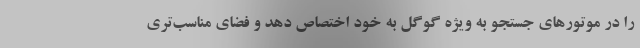
را در موتورهای جستجو به ویژه گوگل به خود اختصاص دهد و فضای مناسب‌تری